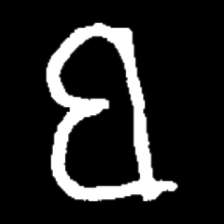
Pyu character \u2014 Myanmar letter: ဗ (romanized: ba)